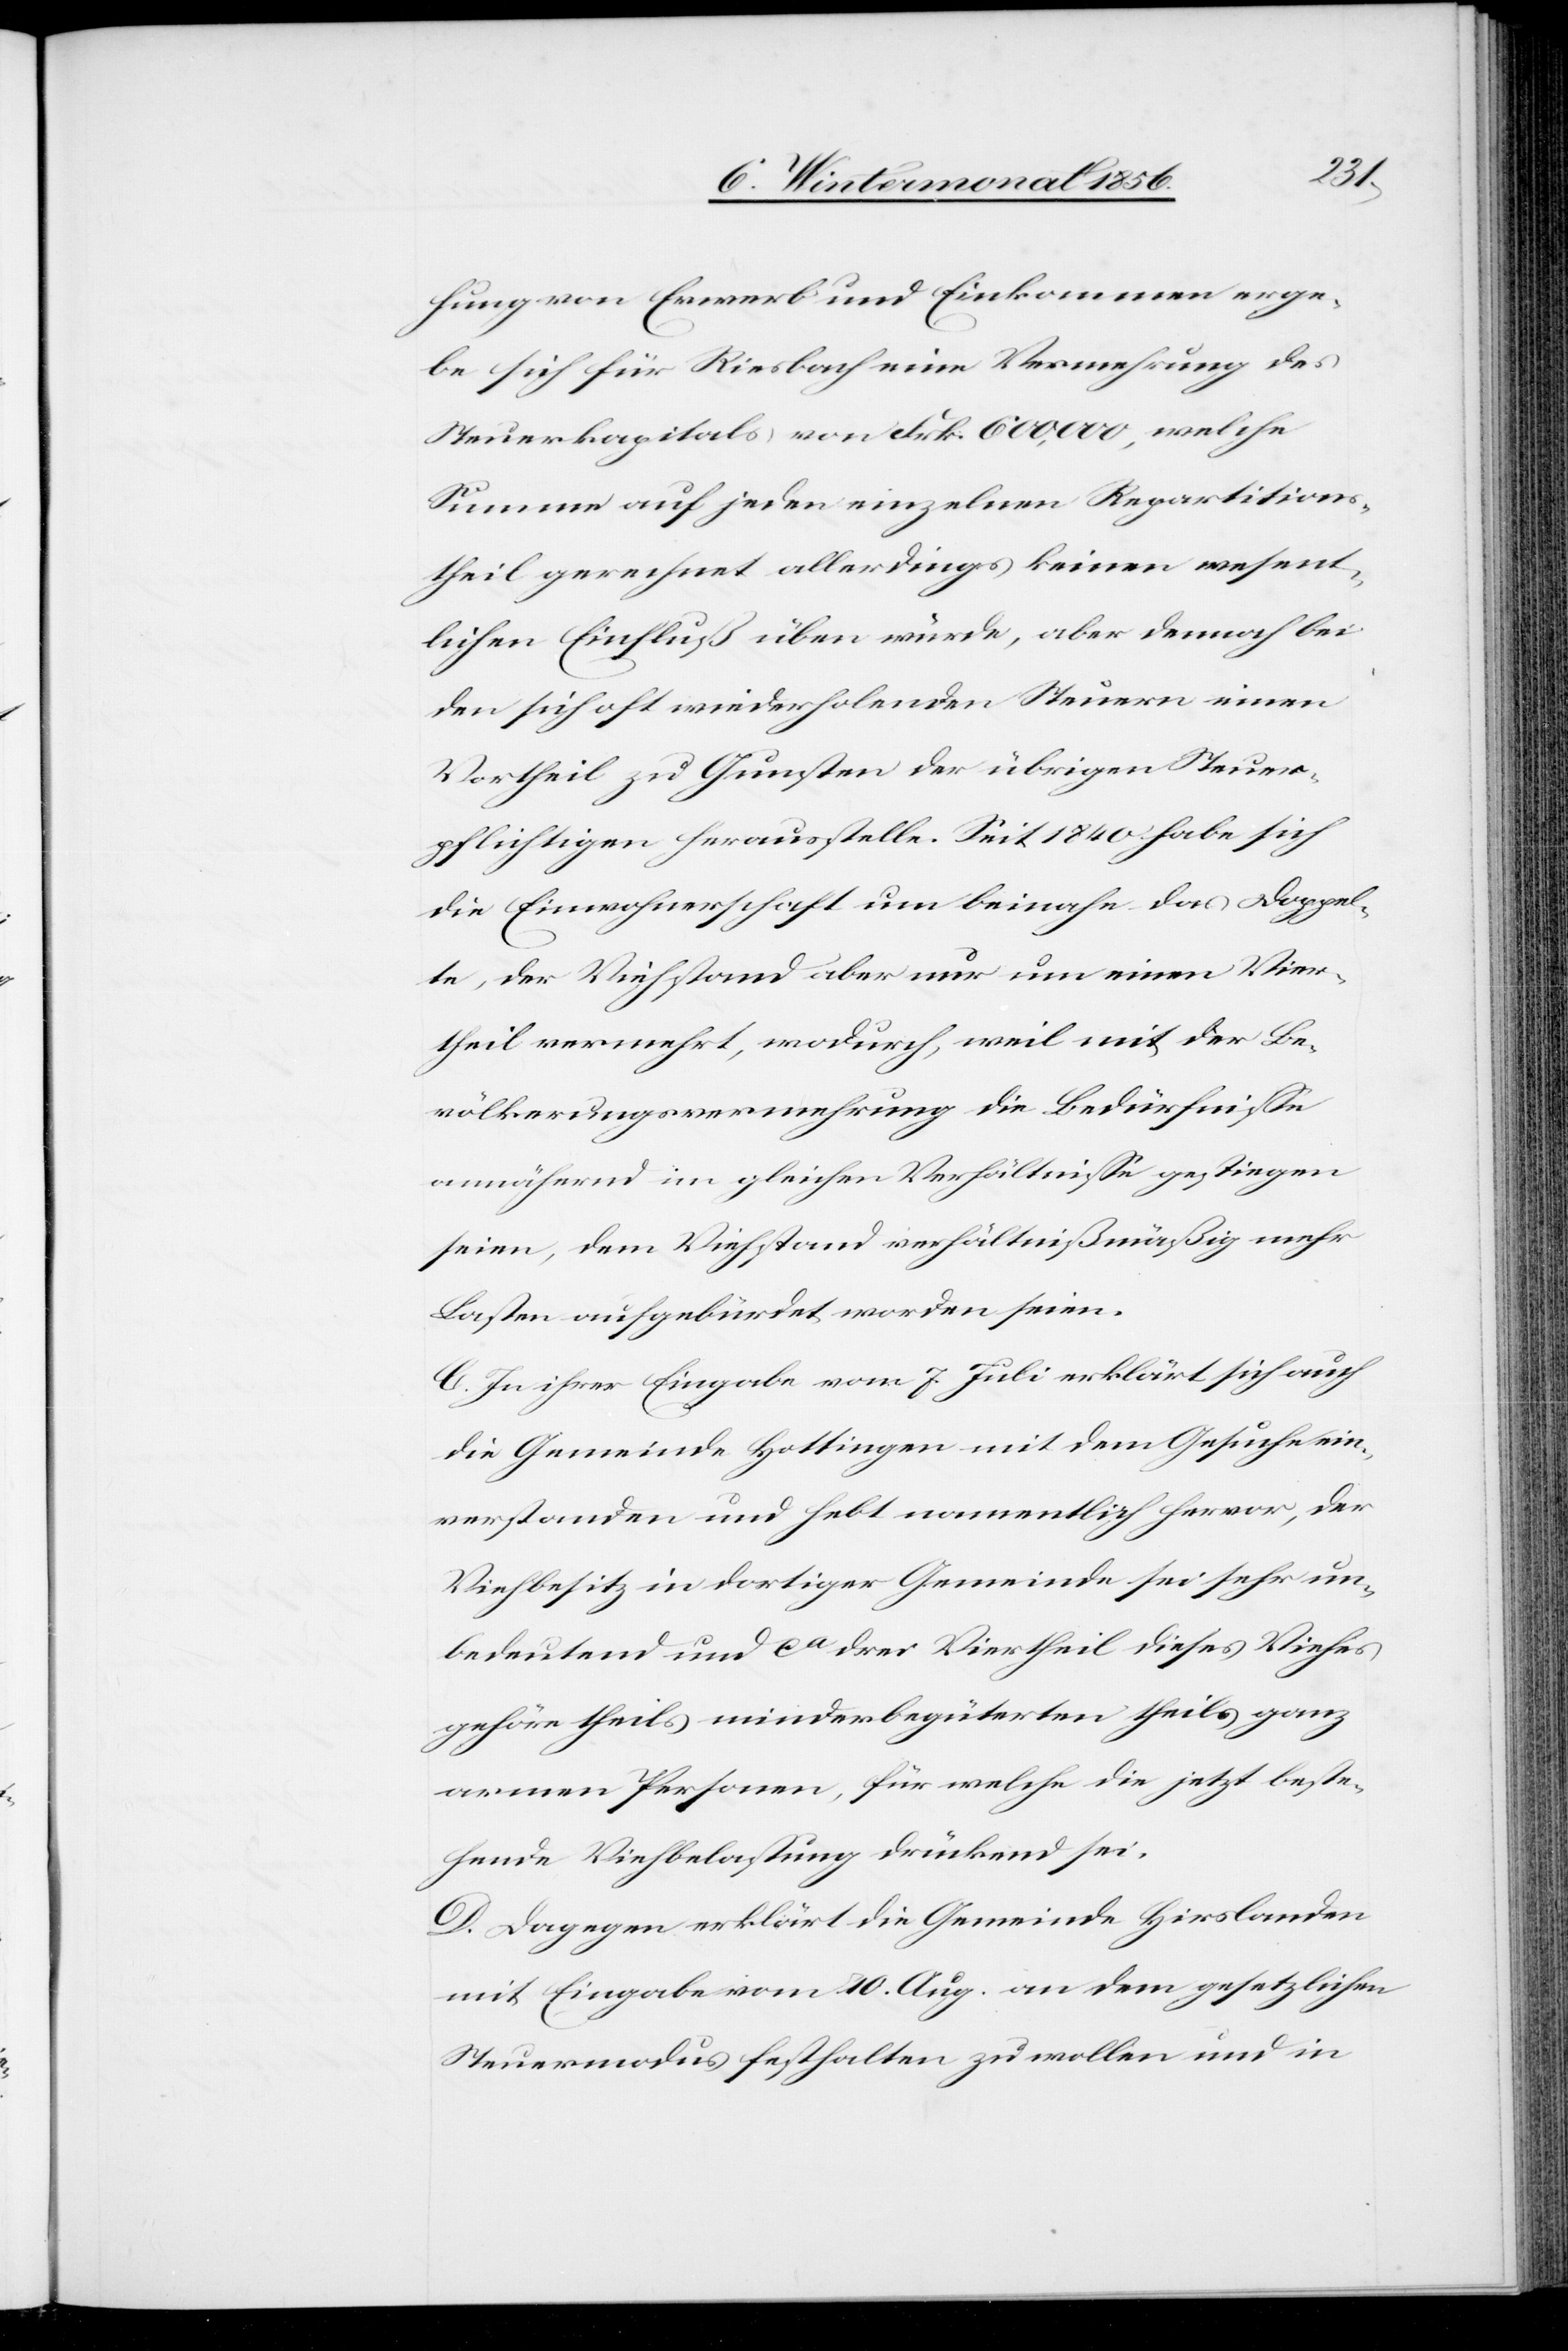
hung von Erwerb und Einkommen erge¬
be sich für Riesbach eine Vermehrung des
Steuerkapitals von Frk. 600,000, welche
Summe auf jeden einzelnen Repartitions¬
theil gerechnet allerdings keinen wesent¬
lichen Einfluß üben würde, aber dennoch bei
den sich oft wiederholenden Steuern einen
Vortheil zu Gunsten der übrigen Steuer¬
pflichtigen herausstelle. Seit 1840 habe sich
die Einwohnerschaft um beinahe das Doppel¬
te, der Viehstand aber nur um einen Vier¬
theil vermehrt, wodurch, weil mit der Be¬
völkerungsvermehrung die Bedürfnisse
annähernd im gleichen Verhältnisse gestiegen
seien, dem Viehstand verhältnißmäßig mehr
Lasten aufgebürdet worden seien.
C. In ihrer Eingabe vom 7. Juli erklärt sich auch
die Gemeinde Hottingen mit dem Gesuche ein¬
verstanden und hebt namentlich hervor, der
Viehbesitz in dortiger Gemeinde sei sehr un¬
bedeutend und ca drei Viertheil dieses Viehes
gehöre theils minderbegüterten theils ganz
armen Personen, für welche die jetzt beste¬
hende Viehbelastung drückend sei.
D. Dagegen erklärt die Gemeinde Hirslanden
mit Eingabe vom 10. Aug. an dem gesetzlichen
Steuermodus festhalten zu wollen und in